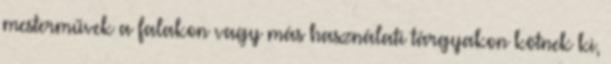
mesterművek a falakon vagy más használati tárgyakon kötnek ki,